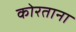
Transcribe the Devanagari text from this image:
कोरताना